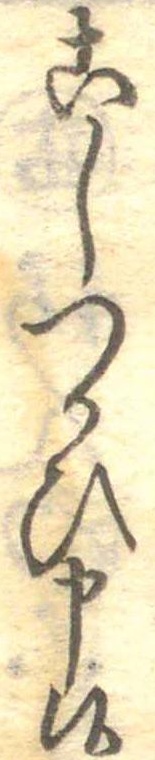
こしつかひ申候